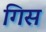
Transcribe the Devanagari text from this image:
गिस